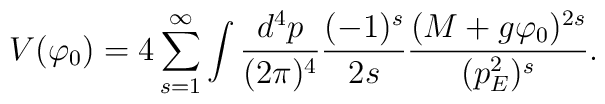
V(\varphi_{0})=4\sum^{\infty}_{s=1}\int\frac{d^{4}p}{(2\pi)^{4}}\frac{(-1)^{s}}{2s}\frac{(M+g\varphi_{0})^{2s}}{(p^{2}_{E})^{s}}.